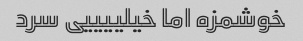
خوشمزه اما خیلییییی سرد